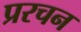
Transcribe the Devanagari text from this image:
प्ररचन